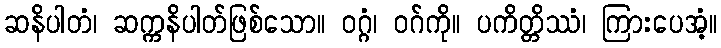
ဆနိပါတံ၊ ဆက္ကနိပါတ်ဖြစ်သော။ ဝဂ္ဂံ၊ ဝဂ်ကို။ ပကိတ္တိဿံ၊ ကြားပေအံ့။